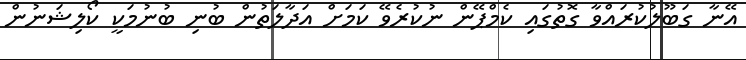
އޭނާ ގަބޫލުކުރައްވާ ގޮތުގައި ކެމްޕޭން ނުކުރެވޭ ކަމަށް އަދާލަތުން ބުނި ބުނުމަކީ ކޯލިޝަނުން